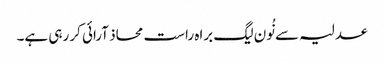
عدلیہ سے نُون لیگ براہ راست محاذ آرائی کر رہی ہے۔